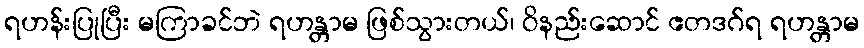
ရဟန်းပြုပြီး မကြာခင်ဘဲ ရဟန္တာမ ဖြစ်သွားတယ်၊ ဝိနည်းဆောင် ဧတဒဂ်ရ ရဟန္တာမ